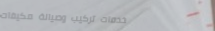
خدمات تركيب وصيانة مكيفات